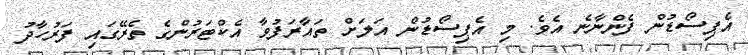
އެޕިސޯޑުން ފެންނާނެ އެވެ. މި އެޕިސޯޑުން އަލަށް ތައާރަފުވާ އެކްޓަރުންގެ ތެރޭގައި ފަރުހާދު